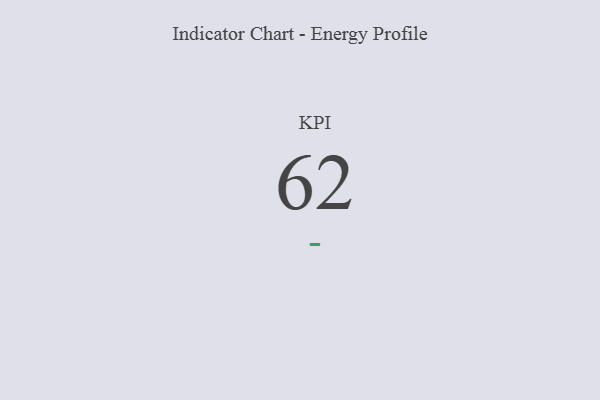
{"axis": {"x": "KPI", "y": "Value"}, "legend": [""], "data": [{"x": "KPI", "y": 62, "type": ""}]}